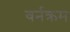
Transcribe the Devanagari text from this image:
वर्नक्रम